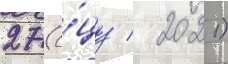
27 (о́цу / 2021)